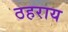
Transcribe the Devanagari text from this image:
ठहराय